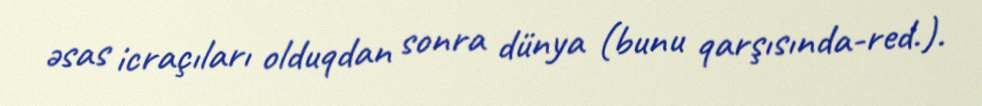
əsas icraçıları olduqdan sonra dünya (bunu qarşısında-red.).